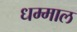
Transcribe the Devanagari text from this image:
धम्माल